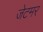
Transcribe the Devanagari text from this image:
जेटमर